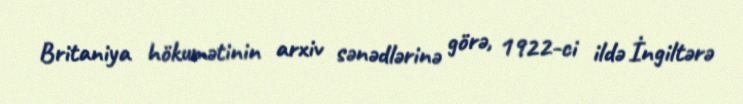
Britaniya hökumətinin arxiv sənədlərinə görə, 1922-ci ildə İngiltərə